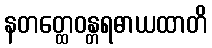
နတတ္ထေဝန္တရဓာယထာတိ